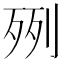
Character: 𣧿